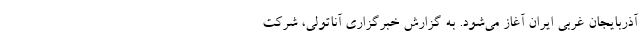
آذربایجان غربی ایران آغاز می‌شود. به گزارش خبرگزاری آناتولی، شرکت